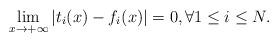
LaTeX: \begin{align*}\lim_{x\to+\infty}|t_i(x)-f_i(x)|=0,\forall 1\leq i\leq N.\end{align*}